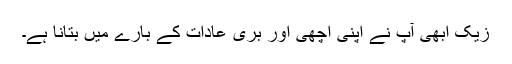
زیک ابھی آپ نے اپنی اچھی اور بُری عادات کے بارے میں بتانا ہے۔